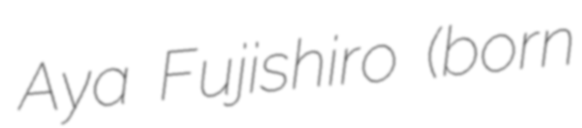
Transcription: Aya Fujishiro (born